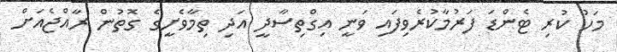
މަހު ކުރި ޓެންޑަ ފަރުމާކުރެވިފައި ވަނީ އިގްތިސާދީ އަދި ތިމާވެށީގެ ގޮތުން ރާއްޖެއަށް